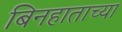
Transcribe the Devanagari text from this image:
बिनहाताच्या